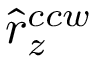
\hat { r } _ { z } ^ { c c w }